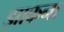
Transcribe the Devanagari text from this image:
झाकना